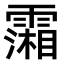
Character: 𩅪